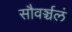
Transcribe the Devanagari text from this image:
सौवर्ञ्चलं